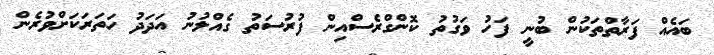
ބައެއް ފަރާތްތަކުން ބުނީ ފަހު ވަގުތު ކޮންގްރެސްއިން ފުރުސަތު ގެއްލުނު އަދަދު ހަތަރަކަށްވުރެން